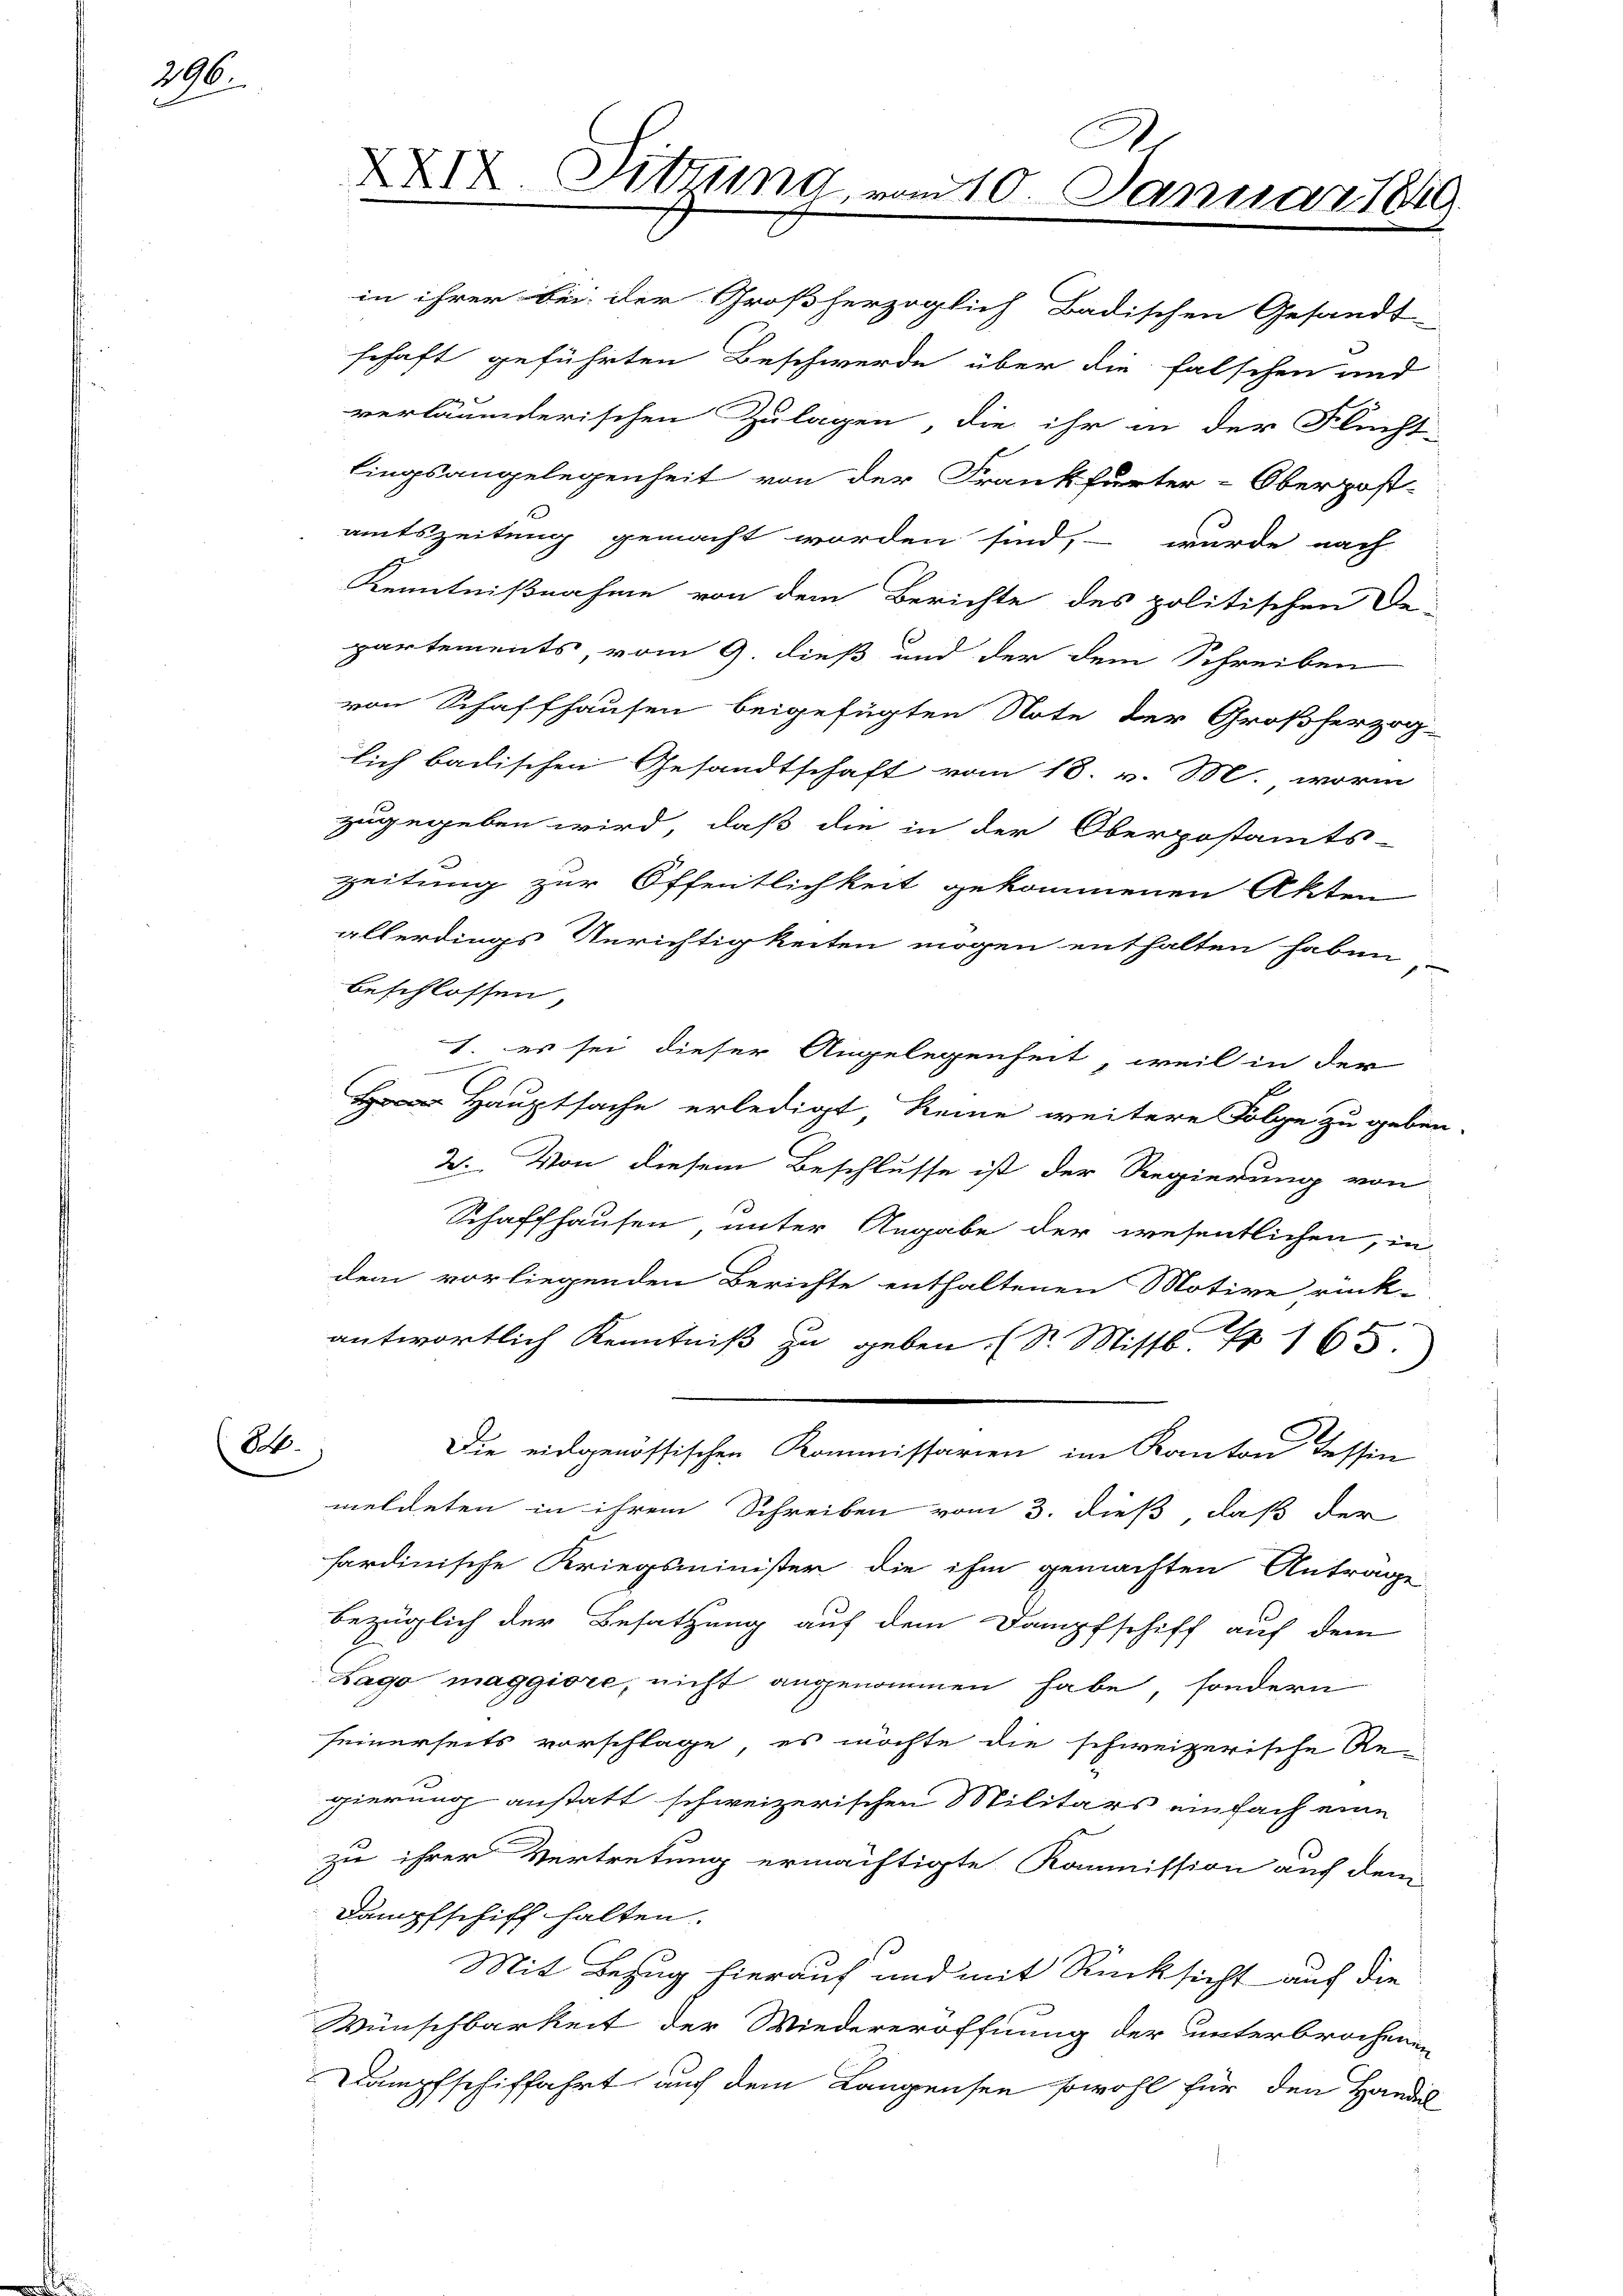
296.

(St.

schaft geführten Beschwerde über die falschen und
verläumderischen Zulagen, die ihr in der Flucht-
lingsangelegenheit von der Frankfurter-Oberpost-
amtszeitung gemacht worden sind, – wurde nach
Kenntnißnahme von dem Berichte des politischen De-
partements, vom 9. dieß und der dem Schreiben
von Schaffhausen beigefügten Note der Großherzog-
lich badischen Gesandtschaft vom 18. v. M. worin
zugegeben wird, daß die in der Oberpostamts-
zeitung zur Öffentlichkeit gekommenen Akten
allerdings Unrichtigkeiten mögen enthalten haben,
beschlossen,
1. es sei dieser Angelegenheit, weil in der
Hauptsache erledigt, keine weitere Folge zu geben.
2. Von diesem Beschlusse ist der Regierung von
Schaffhausen, unter Angabe der wesentlichen, in
dem vorliegenden Berichte enthaltenen Motive rück-
antwortlich Kenntniß zu geben. (St. Mittl. N 165.
Die eidgenössischen Kommissarien im Kanton Tessin
meldeten in ihrem Schreiben vom 3. dieß, daß der
hardinische Kriegsminister die ihm gemachten Antrage
bezüglich der Besatzung auf dem Dampfschiff auf dem
Lago maggiore, nicht angenommen habe, sondern
seinerseits vorschlage, es möchte die schweizerische An-
gierung anstatt schweizerischen Militärs einfach eine
zu ihrer Vertretung ermächtigte Kommission auf dem
Dampfschiff halten.
Mit Bezug hierauf und mit Rücksicht auf die
Wünschbarkeit der Wiedereröffnung der unterbrochenen
Dampfschiffahrt auf dem Langensee sowohl für den Handel-

XXIX Sitzung, vom 10. Januar 1849.

in ihrer bei der Großherzoglich Badischen Gesandt-